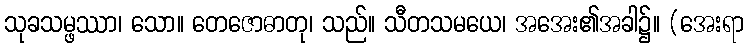
သုခသမ္ဖဿာ၊ သော။ တေဇောဓာတု၊ သည်။ သီတသမယေ၊ အအေး၏အခါ၌။ (အေးရာ